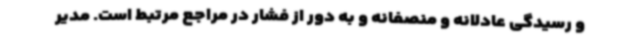
و رسیدگی عادلانه و منصفانه و به دور از فشار در مراجع مرتبط است. مدیر